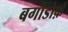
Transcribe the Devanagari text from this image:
बर्गोडोर्फ़